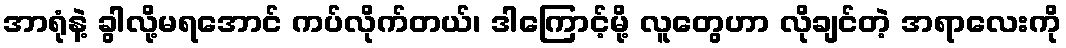
အာရုံနဲ့ ခွါလို့မရအောင် ကပ်လိုက်တယ်၊ ဒါကြောင့်မို့ လူတွေဟာ လိုချင်တဲ့ အရာလေးကို